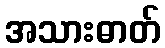
အသားဓာတ်